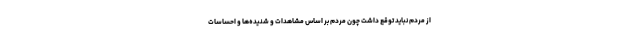
از مردم نباید توقع داشت چون مردم بر اساس مشاهدات و شنیده‌ها و احساسات